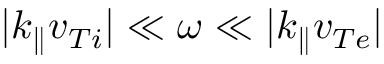
| k _ { \parallel } v _ { T i } | \ll \omega \ll | k _ { \parallel } v _ { T e } |